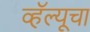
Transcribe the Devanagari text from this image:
व्हॅल्यूचा